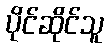
ပိုင်ဆိုင်သူ